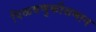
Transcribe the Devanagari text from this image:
पिळवणुकीसमान